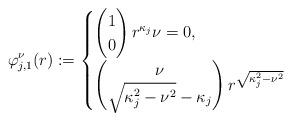
LaTeX: \begin{align*} \varphi^{\nu}_{j,1}(r):=\begin{cases} \begin{pmatrix} 1 \\ 0 \end{pmatrix}r^{\kappa_j}\nu=0, \\ \begin{pmatrix} \nu \\ \sqrt{\kappa_j^2 -\nu^2}-\kappa_j \end{pmatrix} r^{\sqrt{\kappa_j^2 - \nu^2}} \end{cases}\end{align*}